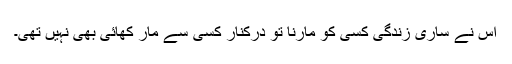
اس نے ساری زندگی کسی کو مارنا تو درکنار کسی سے مار کھائی بھی نہیں تھی۔